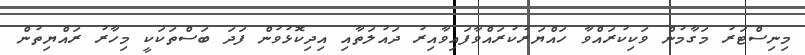
މިނިސްޓަރު މަގާމުން ވަކިކުރައްވާ ހައްޔަރުކުރައްވާފައިވާއިރު ދައުލަތާއި އިދިކޮޅުވުން ފަދަ ބަސްތަކަކީ މިހާރު ރައްޔިތުން